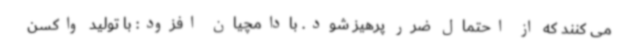
می کنند که از احتمال ضرر پرهیز شود. بادامچیان افزود: با تولید واکسن